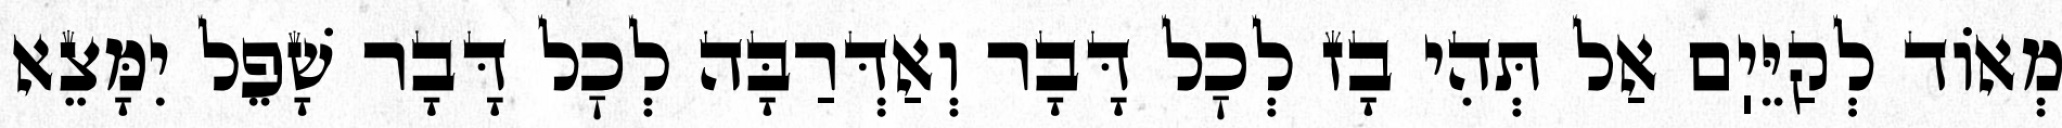
מְאוֹד לְקַיֵּיֽם אַל תְּהִי בָז לְכׇל דָּבָר וְאַדְּרַבָּה לְכׇל דָּבָר שָׁפֵל יִמָּצֵא